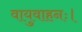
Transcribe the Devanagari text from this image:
वायुवाहनः।